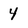
Character: 4